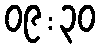
၀၉:၃၀